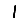
Digit: 1